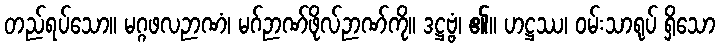
တည်ရပ်သော။ မဂ္ဂဖလဉာဏံ၊ မဂ်ဉာဏ်ဖိုလ်ဉာဏ်ကို။ ဒဋ္ဌဗ္ဗံ၊ ၏။ ဟဋ္ဌဿ၊ ဝမ်းသာရုပ် ရှိသော